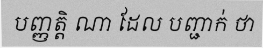
បញ្ញត្តិ ណា ដែល បញ្ជាក់ ថា